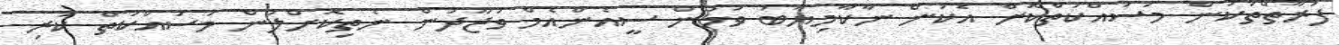
ފަރާތްތަކުން މަސައްކަތްކޮށް އެކަން ނާކާމިޔާބު ވުމުން ސީއެންއެމް ވުޖޫދުން ނެތިކޮށްލަން މަސައްކަތް ކުރި